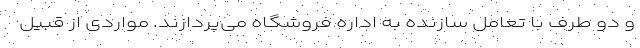
و دو طرف با تعامل سازنده به اداره فروشگاه می‌پردازند. مواردی از قبیل